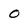
Character: O